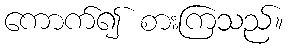
ကောက်၍ စားကြသည်။